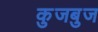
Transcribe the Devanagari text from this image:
कुजबुज